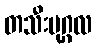
တသီးပုဂ္ဂလ